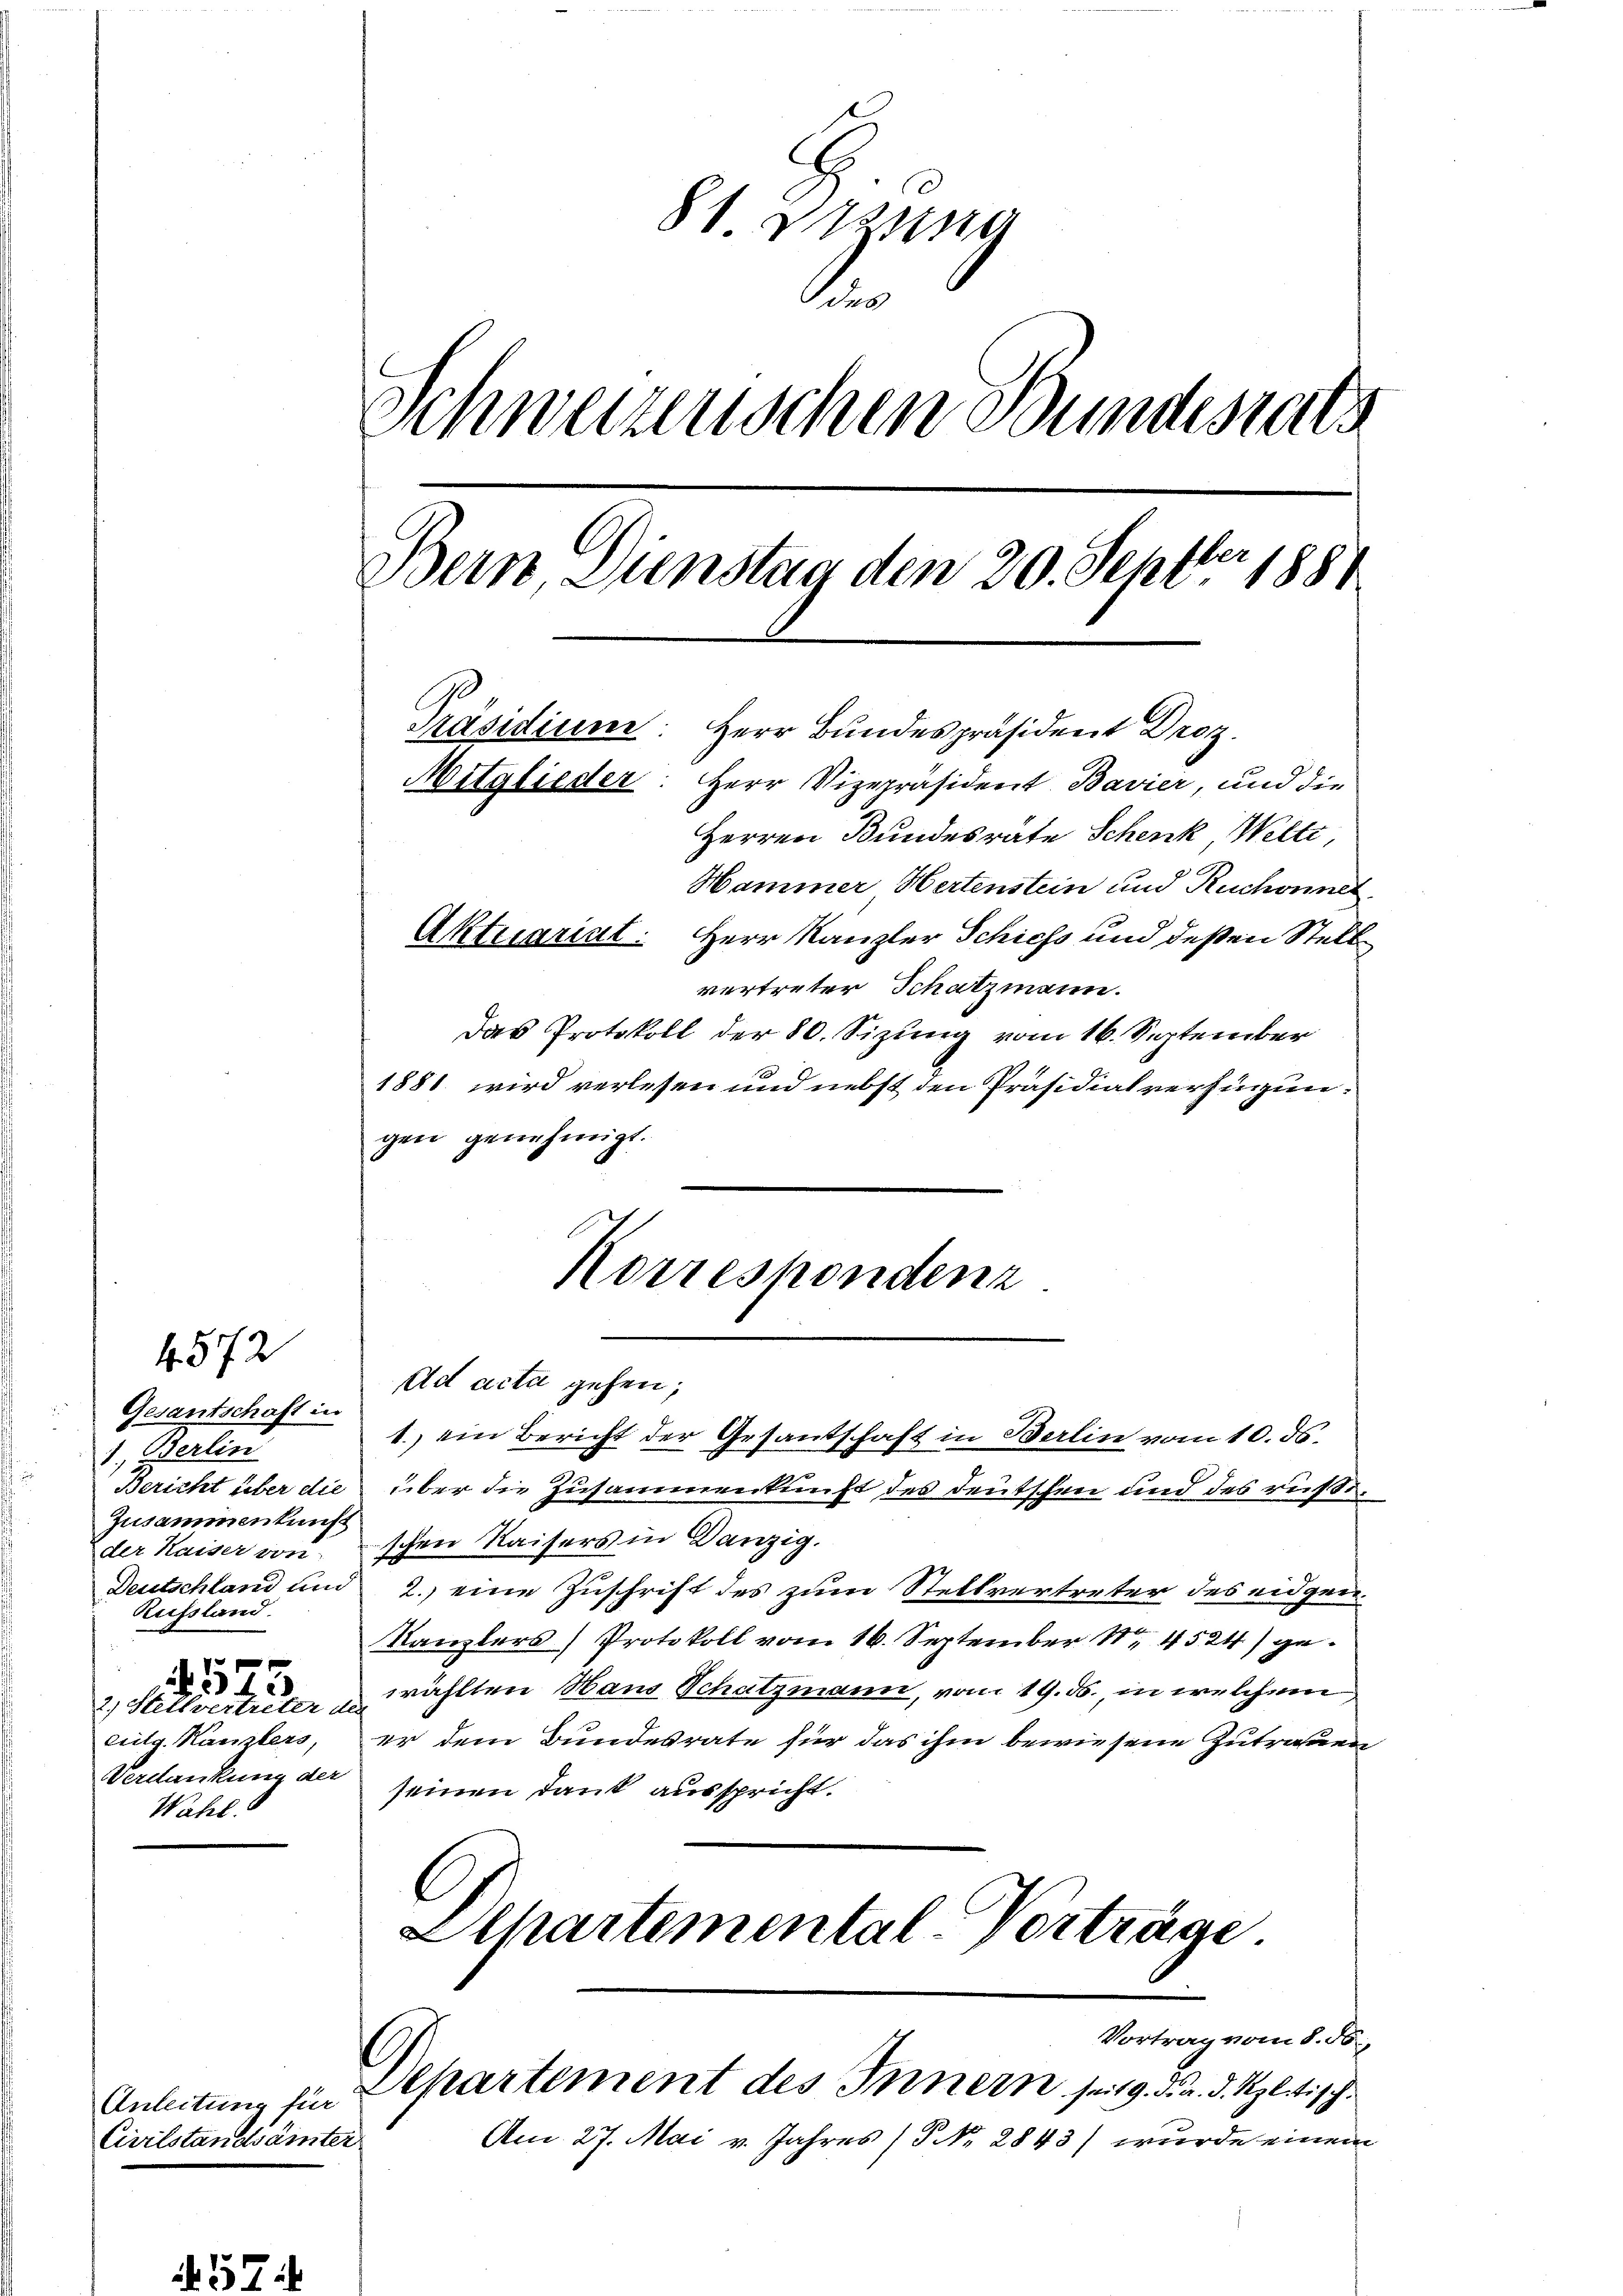
Gesantschaft in
1. Oderlin
Zusammenkunft
der Kaiser von
Russland.
10 f 0 x
340
2.) Stellvertreter der
ceitg. Kanzlers,
Wahl.

4. 572

Anleitung für
Civilstandsämter

81. Dezung
Sche
Schwerzenschen Bundesrats
Bern, Dienstag den 20. Septbr 1881
Präsidium
Herr Bundespräsident Droz.
Mitglieder: Herr Vizepräsident Bavier, und die
Herren Bundesrate Schenk Welti,
Hammer Hertenstein und Ruchonnel
Aktuariat. Herr Kanzler Schichs und deßen Stellvertreter Schatzmann.

Das Protokoll der 80. Sizung vom 16. September
1881 wird verlesen und nebst den Präsidialverfügungen genehmigt.

1.) ein Bericht der Gesantschaft in Berlin vom 10. ds.
Bericht über die über die Zusammenkunft des Deutschen und des rußeschen Kaisers in Danzig.
Deutschland und 2.) eine Zuschrift des zum Stellvertreter des eidgen.
Kanzlers) Protokoll vom 16. September 184524) gewählten Haus Schatzmann, vom 19. ds., in welchem
er dem Bundesrate für das ihm bewiesene Zutrauen
Verdankung der seinen Dank ausspricht.
l
Apartemental-Vorträge
Vortrag vom 8. ds.
Departement des Innern seit 9. d. d. d. Solitisch
Am 27. Mai v. Jahres (§ NNo. 2843) wurde einem

Korrespondenz
Ad acta gehen;